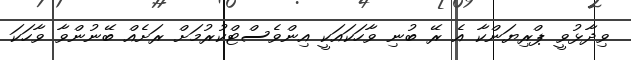
ވިދާޅުވީ ޕްރިޔަންކާ އެ ރޭ ބުނި ވާހަކައަކީ އިންވެސްޓްކުރުމަށް ރަށެއް ބޭނުންވާ ވާހަކަ